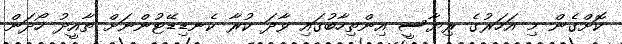
ކޮށްގެން މި އަހަރުގެ ރިޔާސީ އިންތިހާބުގައި ވާދަ ކުރާ ކެނޑިޑޭޓުންނަށް ތާއީދު ހޯދަން